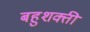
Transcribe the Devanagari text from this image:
बहुशक्ती